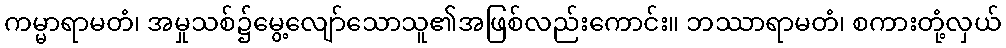
ကမ္မာရာမတံ၊ အမှုသစ်၌မွေ့လျော်သောသူ၏အဖြစ်လည်းကောင်း။ ဘဿာရာမတံ၊ စကားတုံ့လှယ်